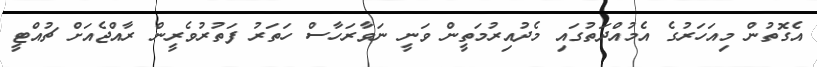
އެގޮތުން މިއަހަރުގެ އެމުއްދަތުގައި މެދުއިރުމަތީން ވަނީ ނަވާރަހާސް ހަތަރު ފަތުރުވެރީން ރާއްޖެއަށް ޗުއްޓީ